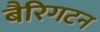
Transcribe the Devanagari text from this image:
बैरिगटन